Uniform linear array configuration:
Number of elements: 24
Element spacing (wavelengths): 0.5
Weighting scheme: binomial
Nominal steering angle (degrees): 60
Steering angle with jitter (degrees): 60.466
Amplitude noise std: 0.05
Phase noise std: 0.05

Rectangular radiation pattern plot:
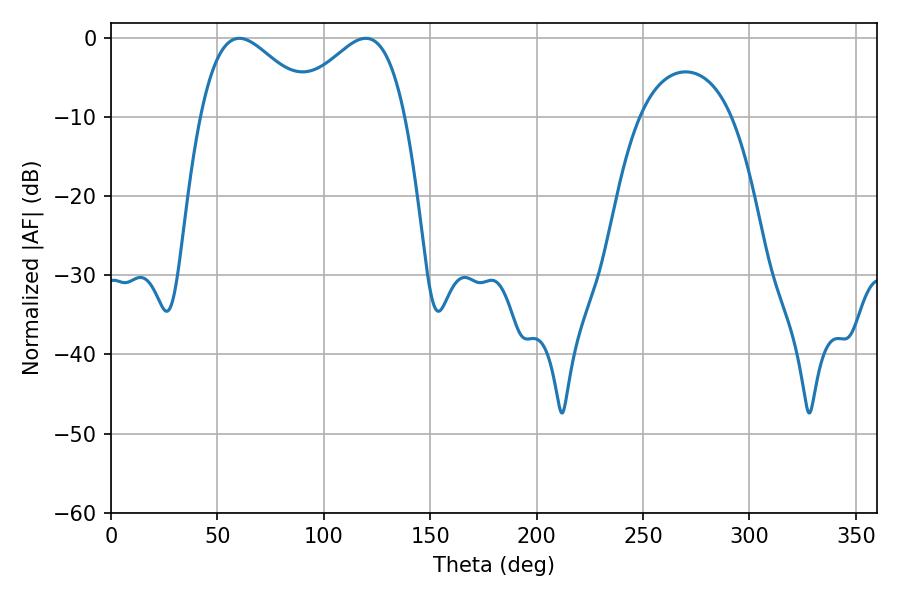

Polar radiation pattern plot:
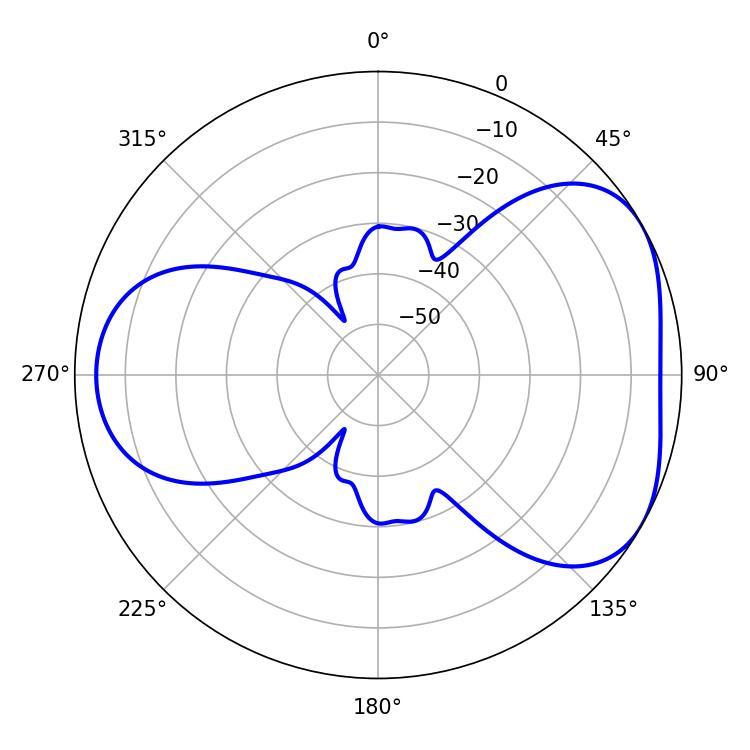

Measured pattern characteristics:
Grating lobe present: FALSE
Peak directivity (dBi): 4.442
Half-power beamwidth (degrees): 28.98
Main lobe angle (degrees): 60.3